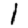
Digit: 1